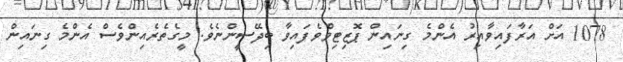
1078 އަށް އަރާފައިވާއިރު އެންމެ ގިނައިން ޕޮޒިޓިވްވެފައިވާ ބިދޭސީންނެވެ. މީގެތެރެއިންވެސް އެންމެ ގިނައިން